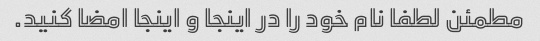
مطمئن لطفا نام خود را در اینجا و اینجا امضا کنید.